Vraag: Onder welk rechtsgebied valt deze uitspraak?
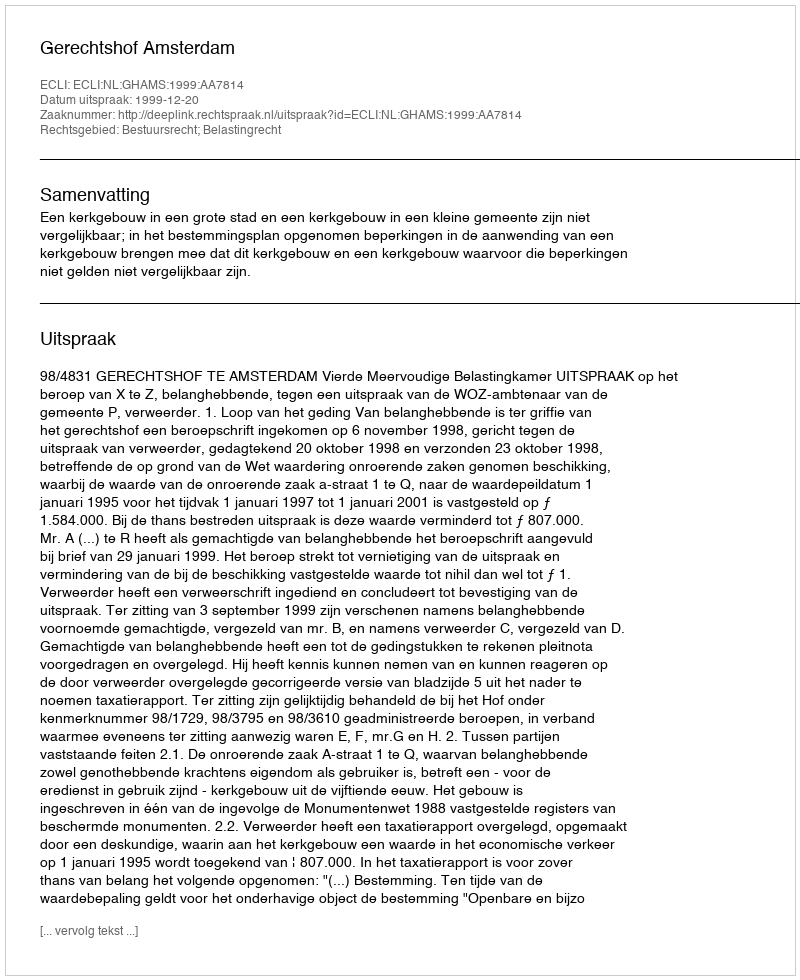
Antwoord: Bestuursrecht; Belastingrecht